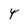
Character: Y